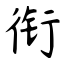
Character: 衔